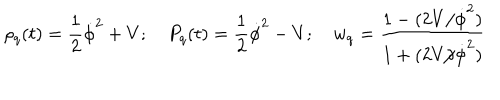
LaTeX: \rho _ { q } ( t ) = \frac { 1 } { 2 } \dot { \phi } ^ { 2 } + V ; \quad P _ { q } ( t ) = \frac { 1 } { 2 } \dot { \phi } ^ { 2 } - V ; \quad w _ { q } = \frac { 1 - ( 2 V / \dot { \phi } ^ { 2 } ) } { 1 + ( 2 V / \dot { \phi } ^ { 2 } ) }